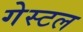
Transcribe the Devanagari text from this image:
गेस्टल